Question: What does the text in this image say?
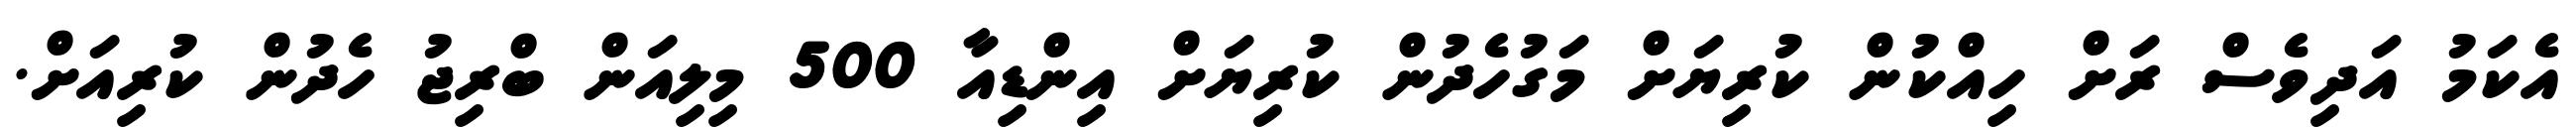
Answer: އެކަމު އަދިވެސް ރަށް ހިއްކުން ކުރިޔަށް މަގުހެދުން ކުރިޔަށް އިންޑިއާ 500 މިލިއަން ބްރިޖު ހެދުން ކުރިއަށް.